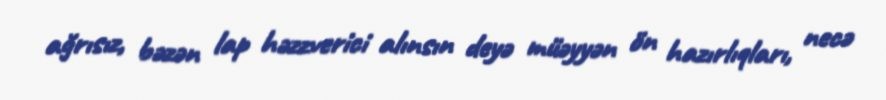
ağrısız, bəzən lap həzzverici alınsın deyə müəyyən ön hazırlıqları, necə